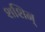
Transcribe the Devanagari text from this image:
शशिन्‌